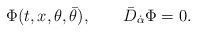
\begin{align*}\Phi(t,x,\theta, \bar\theta),\qquad \bar D_{\dot\alpha} \Phi = 0.\end{align*}